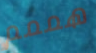
هممم